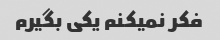
فکر نمیکنم یکی بگیرم